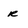
Character: r